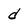
Character: d